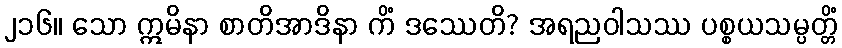
၂၁၆။ သော ဣမိနာ စာတိအာဒိနာ ကိံ ဒဿေတိ? အရညဝါသဿ ပစ္စယသမ္ပတ္တိံ